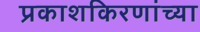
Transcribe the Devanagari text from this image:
प्रकाशकिरणांच्या